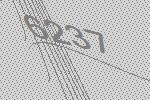
6237